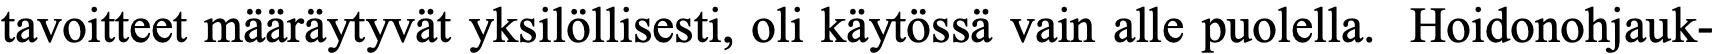
tavoitteet määräytyvät yksilöllisesti, oli käytössä vain alle puolella. Hoidonohjauk-